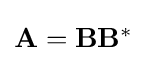
{\textstyle \mathbf {A} =\mathbf {B} \mathbf {B} ^{*}}